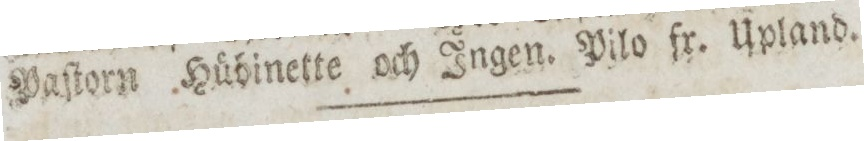
Paſtorn Hübinette och Ingen. Pilo fr. Upland.